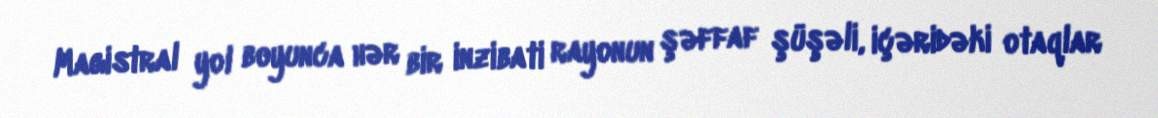
Magistral yol boyunca hər bir inzibati rayonun şəffaf şüşəli, içəridəki otaqlar